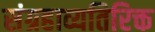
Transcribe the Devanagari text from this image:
संग्रहाव्यतिरिक्त